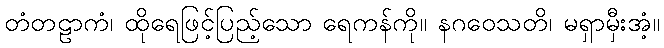
တံတဠာကံ၊ ထိုရေဖြင့်ပြည့်သော ရေကန်ကို။ နဂဝေသတိ၊ မရှာမှီးအံ့။